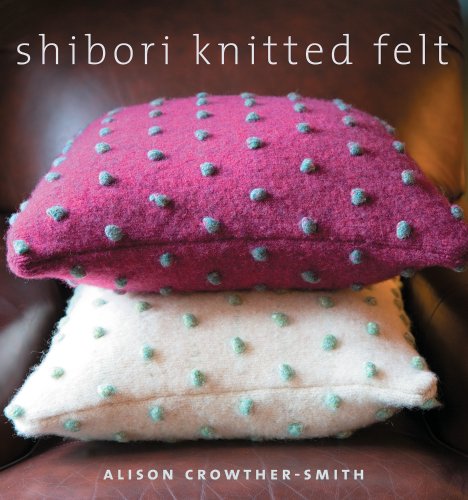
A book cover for Shibori Knitted Felt; Alison Crowther-Smith; Crafts, Hobbies & Home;